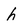
Character: h